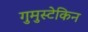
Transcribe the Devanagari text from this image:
गुमुस्टेकिन